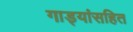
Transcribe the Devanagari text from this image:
गाड्यांसहित